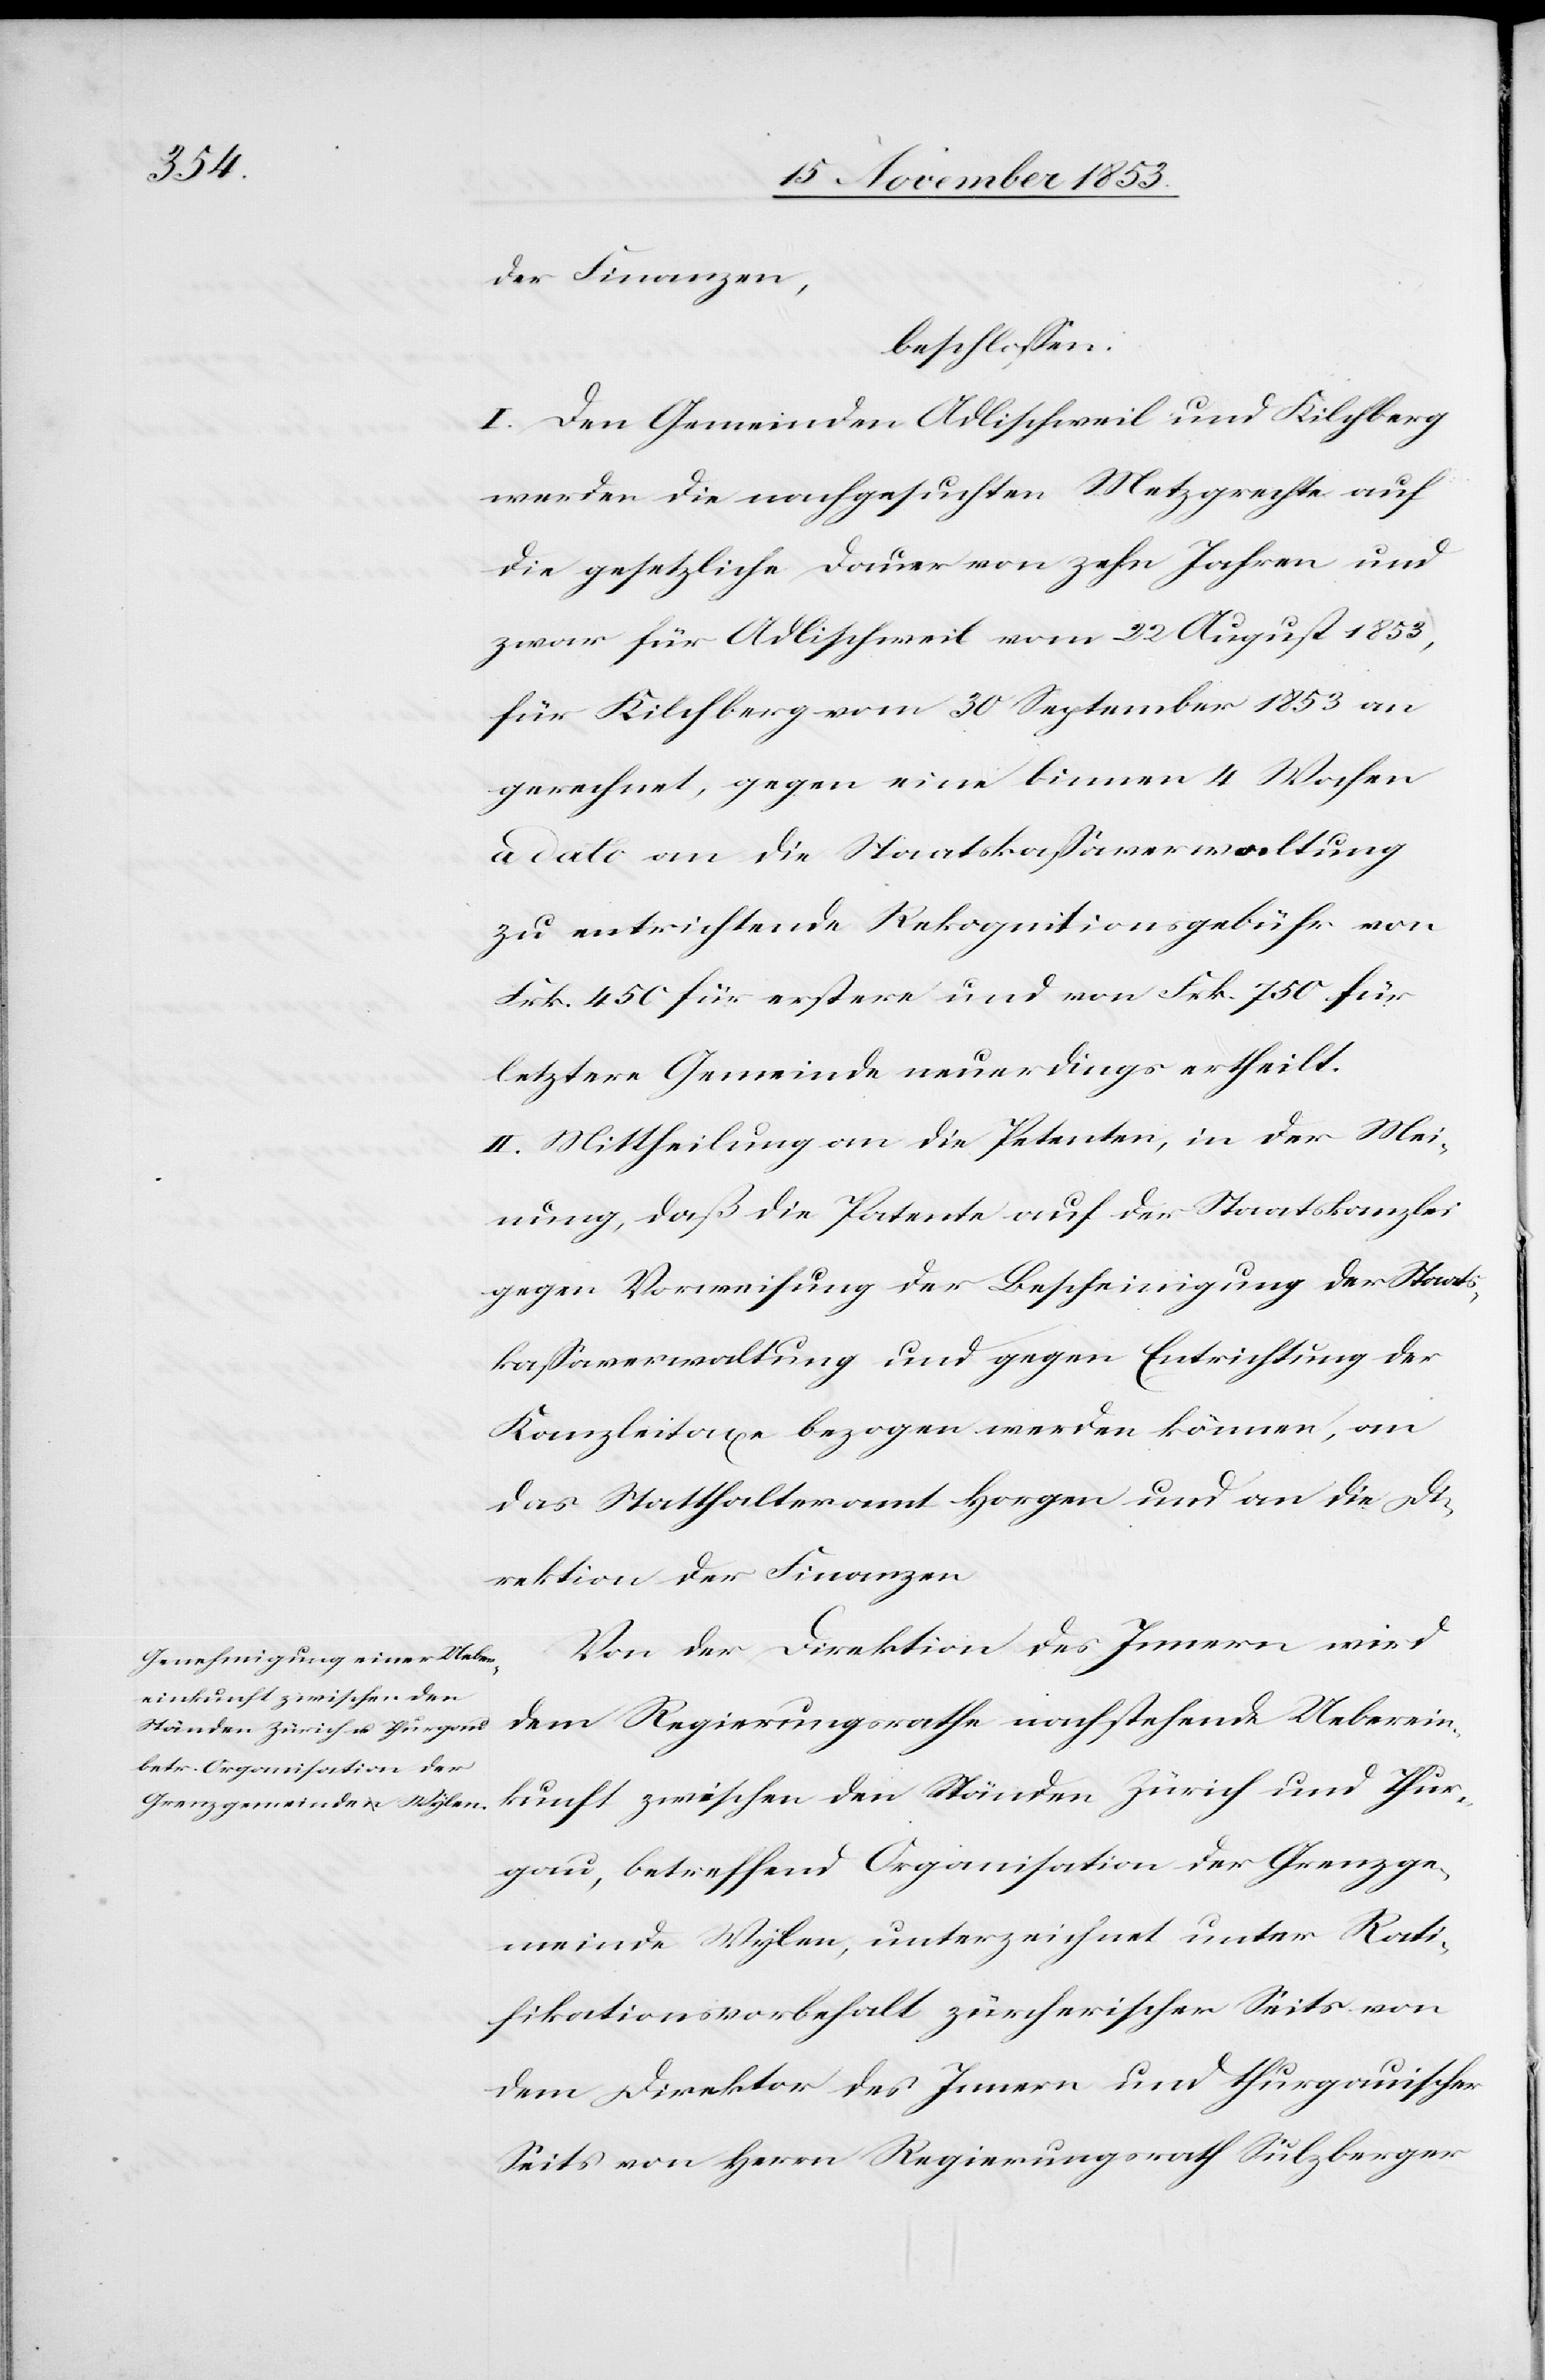
der Finanzen,
beschloßen:
I. Den Gemeinden Adlischweil und Kilchberg
werden die nachgesuchten Metzgrechte auf
die gesetzliche Dauer von zehn Jahren und
zwar für Adlischweil vom 22 August 1853,
für Kilchberg vom 30 September 1853 an
gerechnet, gegen eine binnen 4 Wochen
a dato an die Staatskaßaverwaltung
zu entrichtende Rekognitionsgebühr von
Frk. 450 für erstere und von Frk. 750 für
letztere Gemeinde neuerdings ertheilt.
II. Mittheilung an die Petenten, in der Mei¬
nung, daß die Patente auf der Staatskanzlei
gegen Vorweisung der Bescheinigung der Staats¬
kaßaverwaltung und gegen Entrichtung der
Kanzleitaxe bezogen werden können, an
das Statthalteramt Horgen und an die Di¬
rektion der Finanzen.
Von der Direktion des Innern wird
dem Regierungsrathe nachstehende Ueberein¬
kunft zwischen den Ständen Zürich und Thur¬
gau, betreffend Organisation der Grenzge¬
meinde Wylen, unterzeichnet unter Rati¬
fikationsvorbehalt zürcherischer Seits von
der Direktion des Innern und thurgauischer
Seits von Herrn Regierungsrath Sulzberger